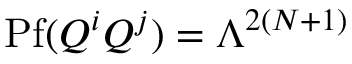
\mathrm { P f } ( Q ^ { i } Q ^ { j } ) = \Lambda ^ { 2 ( N + 1 ) }